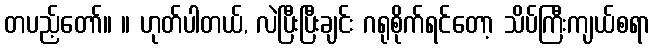
တပည့်တော်။ ။ ဟုတ်ပါတယ်, လဲပြီးပြီးချင်း ဂရုစိုက်ရင်တော့ သိပ်ကြီးကျယ်စရာ